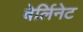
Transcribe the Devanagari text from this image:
बेर्लिनेट